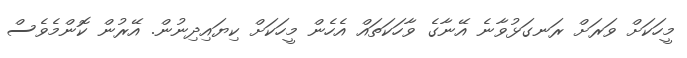
މީހަކަށް ވަރަށް ރަނގަޅުވާނެ އޭނާގެ ވާހަކަތައް އެހެން މީހަކަށް ކިޔައިދިނުން. އޭރުން ކޮންމެވެސް